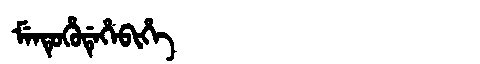
Manchu: ᠮᡝᠨᡨᡠᡥᡠᡩᡝᡥᡝᠪᡳᡥᡝ
Romanization: MENTUHUDEHEBIHE